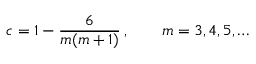
c = 1 - \frac { 6 } { m ( m + 1 ) } \, , \qquad m = 3 , 4 , 5 , \ldots